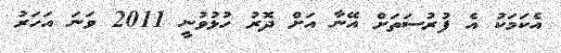
އެކަމަކު އެ ފުރުސަތަށް އޭނާ އަށް ދޮރު ހުޅުވުނީ 2011 ވަނަ އަހަރު